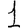
Digit: 1